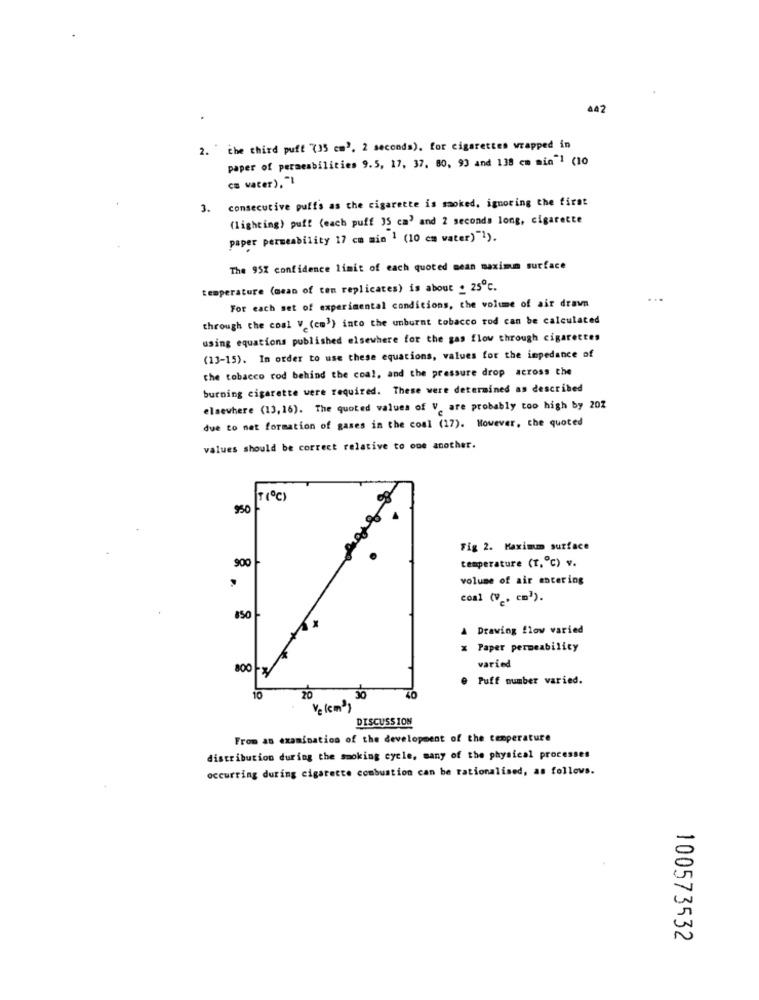
442
2. the third puft (35 cm3. 2 seconds). for cigarettes wrapped in
paper of permeabilities 9.5, 17, 37. 80, 93 and 138 cm min 1 (10
cm water), "I
consecutive puffs as the cigarette is smoked, ignoring the first
3.
(lighting) puff (each puff 35 ca' and 2 seconds long, cigarette
paper permeability 17 cm min 1 (10 cm water)"1).
The 95% confidence limit of each quoted mean maximum surface
temperature (mean of ton replicates) is about . 25℃.
For each set of experimental conditions, the volume of air drawn
through the coal V (cm') into the unburnt tobacco rod can be calculated
using equations published elsewhere for the gas flow through cigarettes
(13-15). In order to use these equations, values for the impedance of
the tobacco rod behind the coal, and the pressure drop across the
burning cigarette were required. These were determined as described
elsewhere (13, 16). The quoted values of V. are probably too high by 202
due to net formation of gases in the coal (17). However, the quoted
values should be correct relative to one another.
$50
Fig 2. Maximum surface
900
temperature (T. ℃) v.
volume of air entering
,
conl (V . cm3).
850
A Drawing flow varied
x Paper permeability
800 x
varied
e Puff number varied.
10
20
DISCUSSION
From as examination of the development of the temperature
distribution during the smoking cycle, many of the physical processes
occurring during cigarette combustion can be rationalised, as follows.
100573532